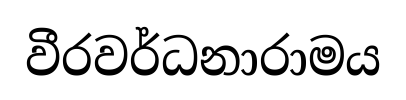
වීරවර්ධනාරාමය